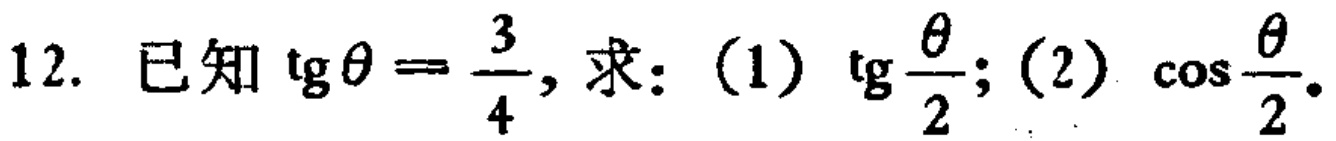
已知$\text{tg}\theta = \frac{3}{4}$，求：(1)$\text{tg}\frac{\theta}{2}$；(2)$\cos\frac{\theta}{2}$。